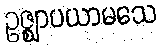
ဥဇ္ဈာပယာမသေ